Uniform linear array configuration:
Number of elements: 8
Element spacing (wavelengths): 0.5
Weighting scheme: hann
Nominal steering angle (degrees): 45
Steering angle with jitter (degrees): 43.889
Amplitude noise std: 0.05
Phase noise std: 0.05

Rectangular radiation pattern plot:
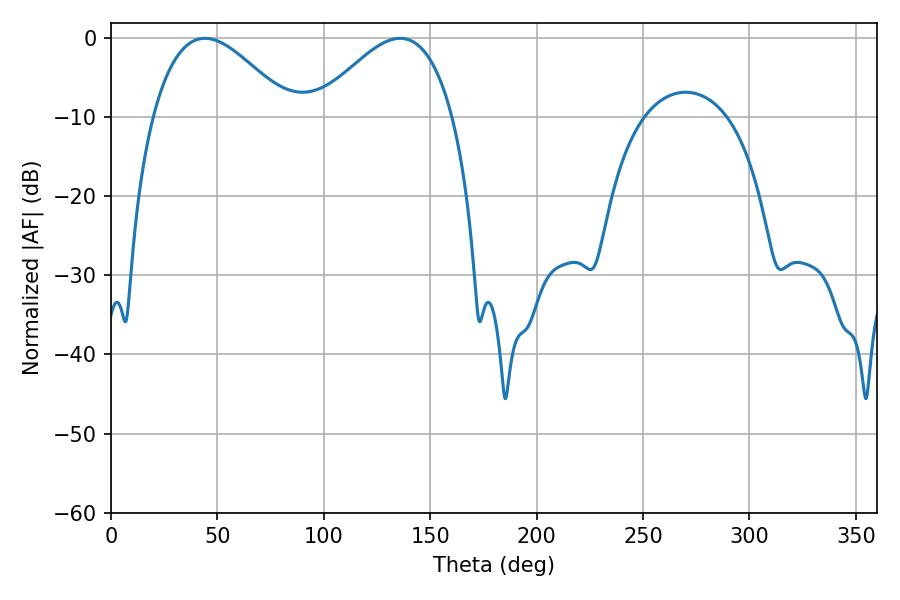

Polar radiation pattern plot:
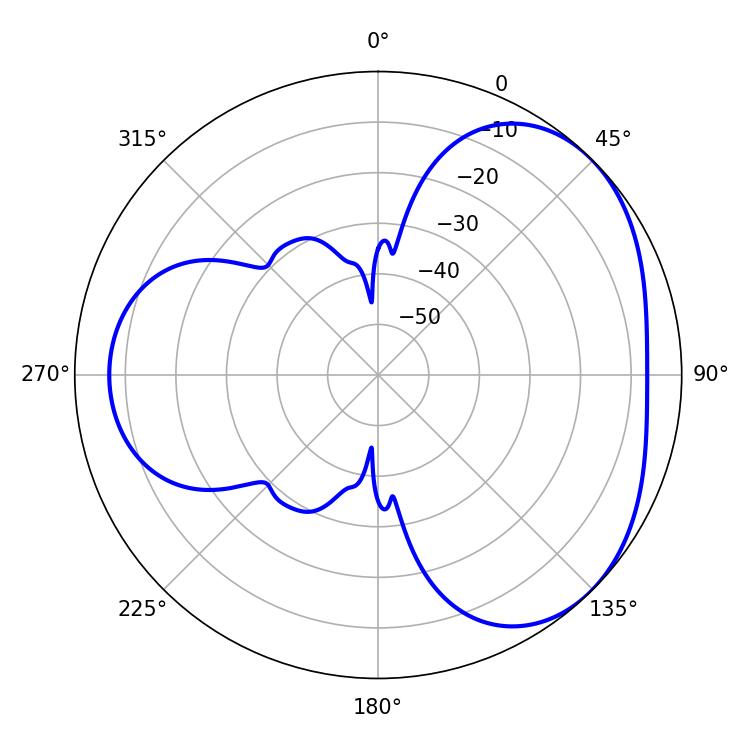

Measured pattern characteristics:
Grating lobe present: FALSE
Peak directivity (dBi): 3.643
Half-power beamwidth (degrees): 34.92
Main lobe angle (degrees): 44.1